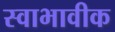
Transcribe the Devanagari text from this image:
स्वाभावीक